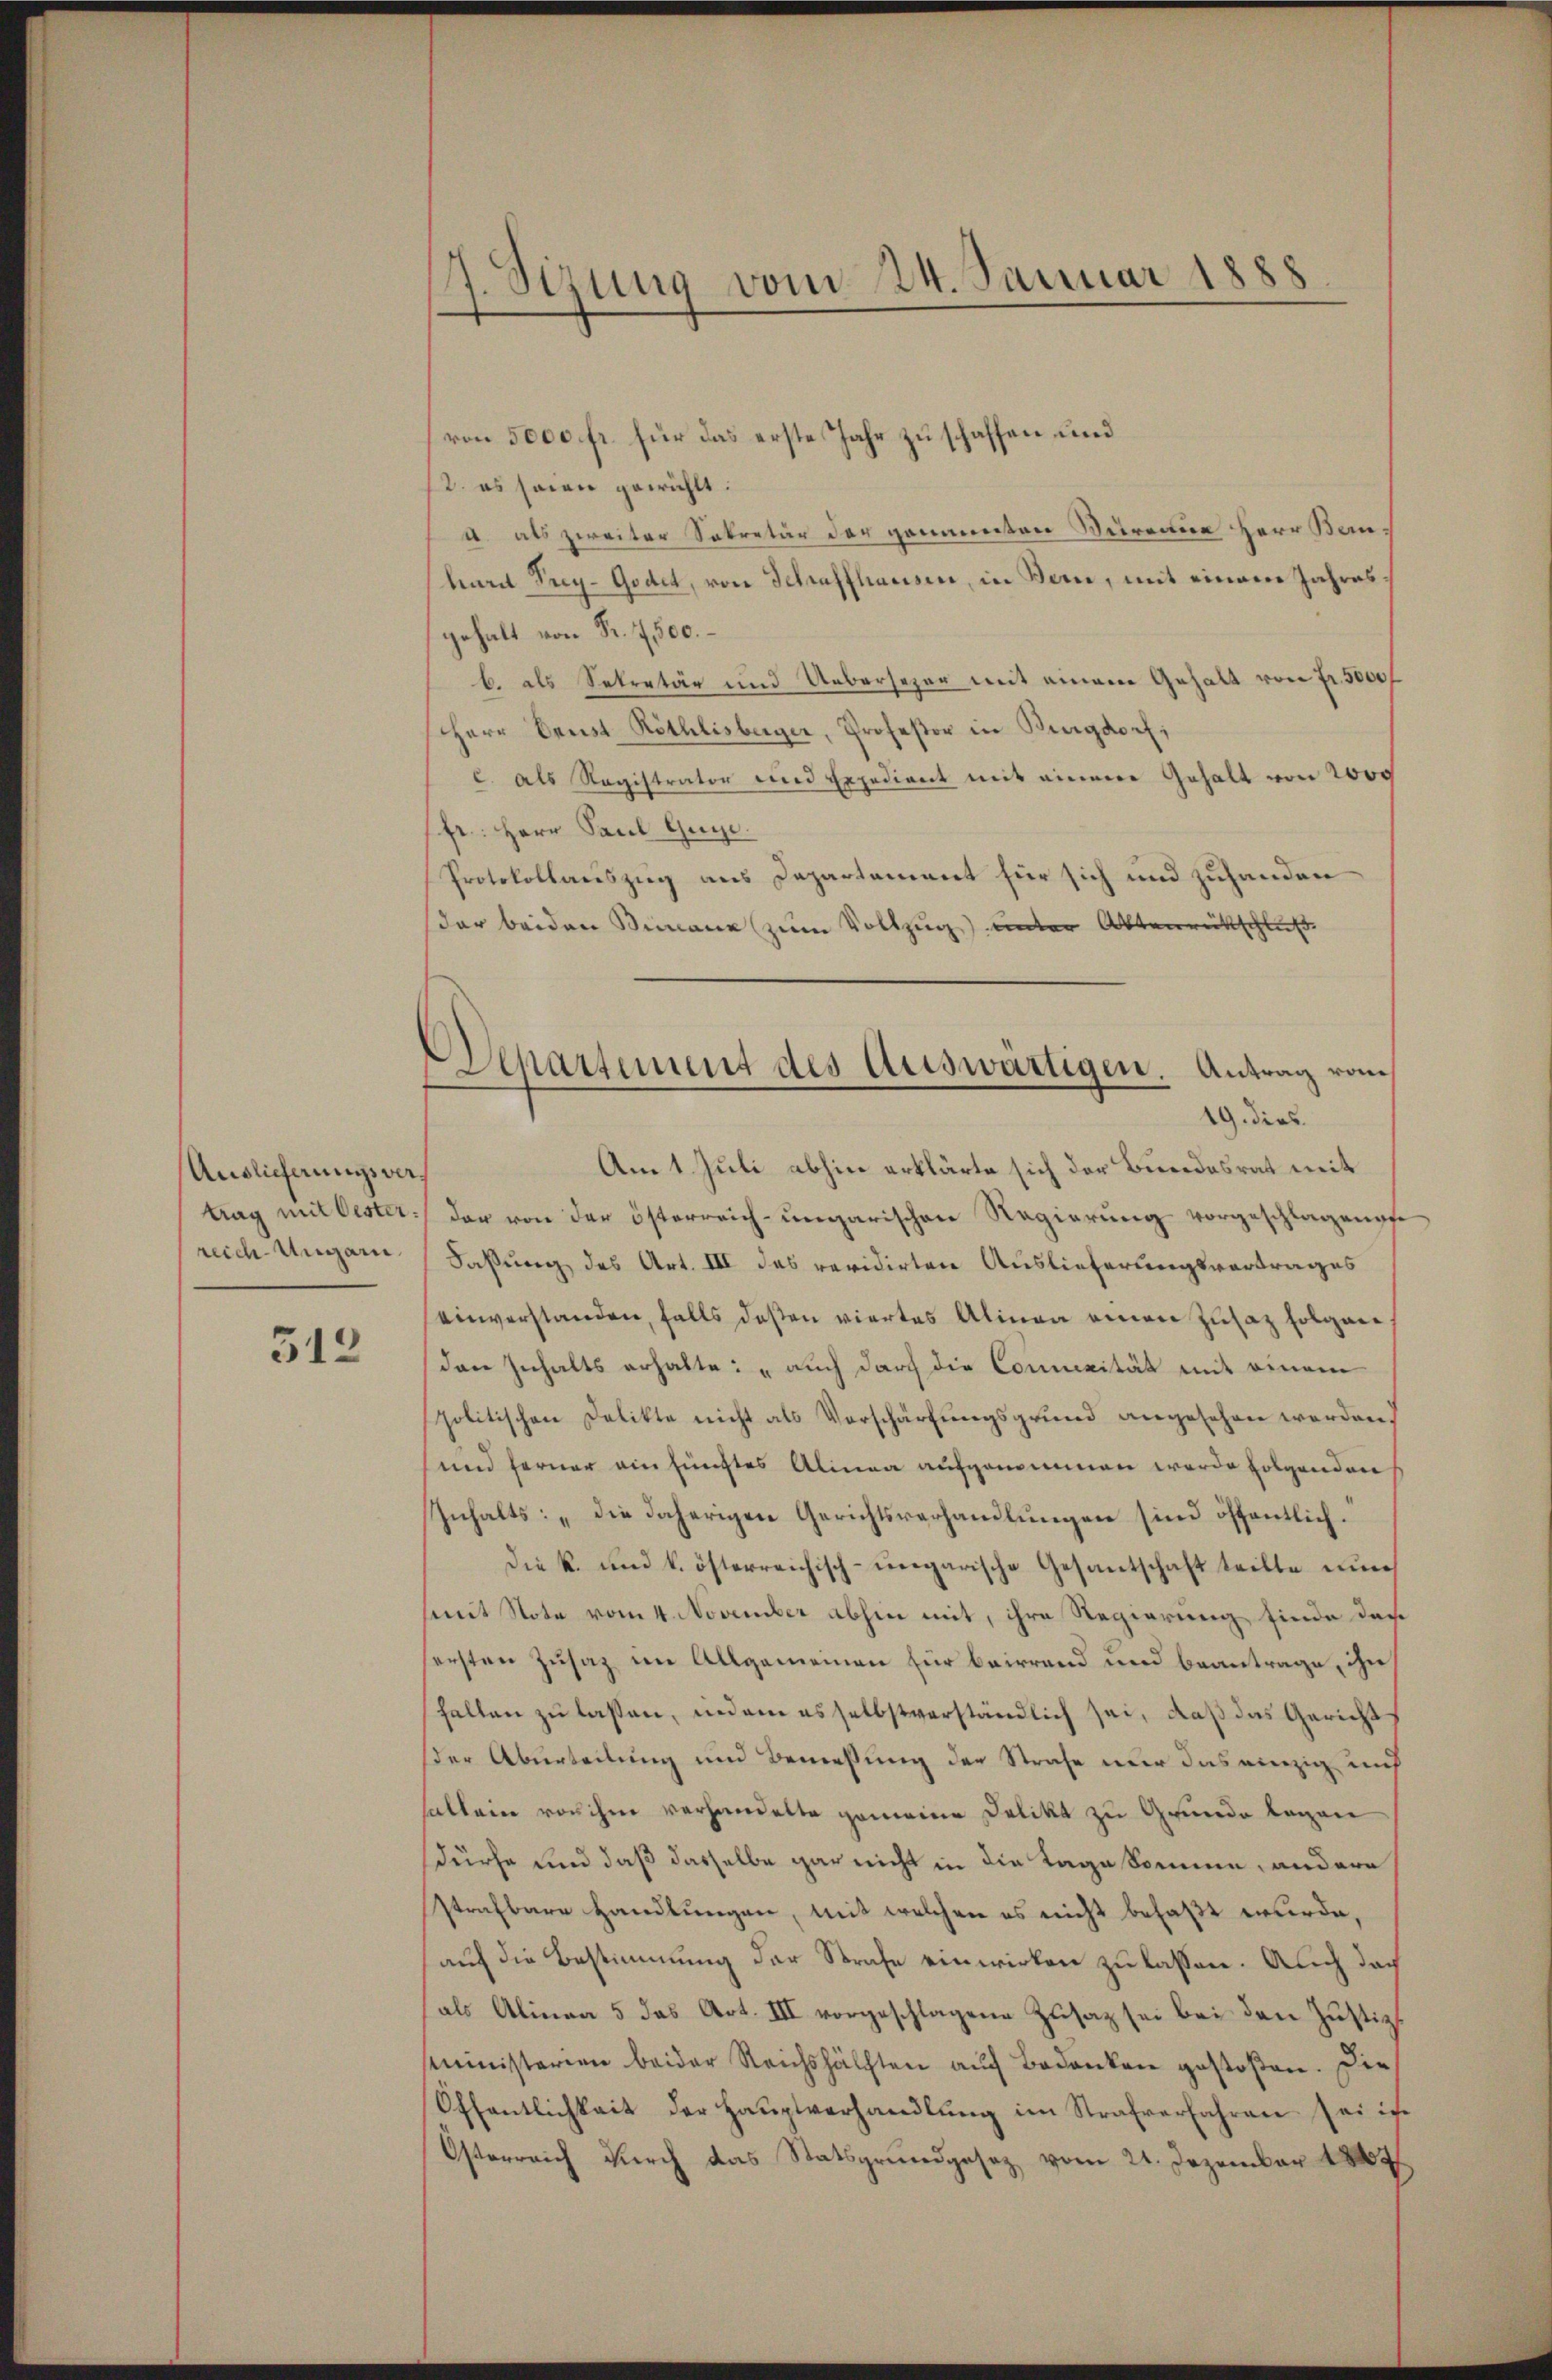
Auslieferungsverreich Ungarn.

312

17. Sitzung vom 24. Januar 1888.

von 5000 fr. für das erste Jahr zu schaffen und
2. es seien gewählt:
u. als zweiter Sekretär der genannten Sureine Herr Bauhurd Frey-Godet, von Schraffhausen, in Bern, mit einem Jahresgehalt von Fr. 7,500.
b. als Sekretär und Uebersezar mit einem Gehalt von Fr. 5000f
Herr Drust Röthlisberger, Professor in Burgdorf;
c. als Registrator und Expedient mit einem Gehalt von 2000
fr: Herr Paul Guye
Protokollauszug aus Departement für sich und zuhanden
der beiden Simane zum Vollzug unter Aktenrückschluß
19. dies
Am 1. Juli abhin erklärte sich der Bundesrat mit
trag mit Oester der von der österreich-ungarischen Regierung vorgeschlagene
Faßung des Art. III das revidirten Auslieferungsvortrages
einverstanden, falls deßen viertes Alinea einen Zusatz folgen
den Inhalts erhalte: „auch durch die Commicität mit einem
politischen Delikte nicht als Vorschärfungsgrund angesehen werden.
und ferner ein fünftes Alinea aufgenommen werde folgenden
Inhalts: „Die daherigen Gerichtsverhandlungen sind öffentlich.
Die k. und k. österreichisch-ungarische Gesantschaft teilte nun
mmit Note vom 4. November abhin mit, ihre Regierung finde der
sersten Zusaz im Allgemeinen für beirrend und beantrage, ihn
fallen zu lassen, indem es selbstverständlich sei, daß das Gericht
der Aburteilung und Bemessung der Strafe nur das einzig aus
sallein von ihm verhandelte gemeine Delikt zu Grunde lagen
dürfe und daß dasselbe gar nicht in die Tage komme, andere
strafbare Handlungen, mit welchen es nicht befaßt wurde,
auf die Bestimmung der Strafe einwirken zu lassen. Auch doch
(als Alinea 5 das Art. III vorgeschlagene Zusatz sei bei den Justiz
Ministerien beider Reichshälften auf Bedanken gestoßen. Die
Öffentlichkeit der Haŭptverhandlŭng im Strafverfahren sei ist
Österreich durch das Statsgrundgesez vom 21. Dezember 1807.

Departement des Auswärtigen. Antrag vom